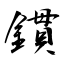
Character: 鏆